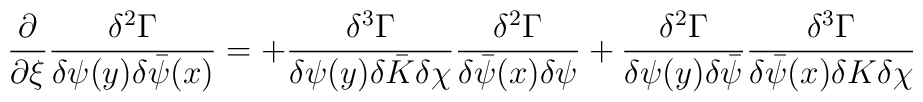
\frac{\partial}{\partial\xi}\frac{\delta^2\Gamma}{\delta\psi(y)\delta\bar\psi(x)}  =+\frac{\delta^3\Gamma}{\delta\psi(y)\delta\bar K\delta \chi}\frac{\delta^2\Gamma}{\delta\bar\psi(x)\delta\psi}+\frac{\delta^2\Gamma}{\delta\psi(y)\delta\bar\psi}\frac{\delta^3\Gamma}{\delta\bar\psi(x)\delta K\delta\chi}